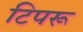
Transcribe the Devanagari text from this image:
टिपरू